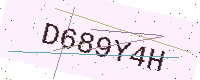
Text: D689Y4H